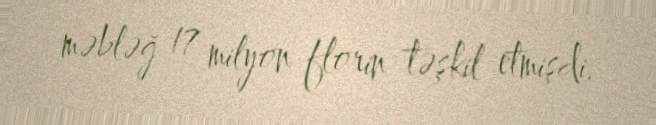
məbləğ 17 milyon florin təşkil etmişdi.